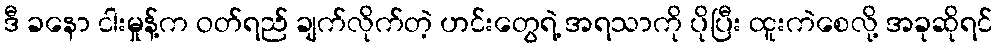
ဒီ ခနော ငါးမှုန့်က ဝတ်ရည် ချက်လိုက်တဲ့ ဟင်းတွေရဲ့ အရသာကို ပိုပြီး ထူးကဲစေလို့ အခုဆိုရင်